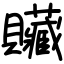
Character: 贜